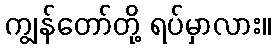
ကျွန်တော်တို့ ရပ်မှာလား။